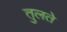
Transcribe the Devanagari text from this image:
तुलते